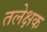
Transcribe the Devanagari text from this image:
तलेक्षक